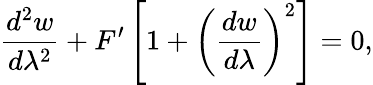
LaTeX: \frac{d^{2}w}{d\lambda^{2}}+F^{\prime}\left[1+\left(\frac{dw}{d\lambda}\right)^{2}\right]=0,